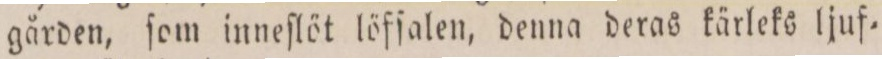
gården, ſom inneſlöt löfſalen, denna deras kärleks ljuf=